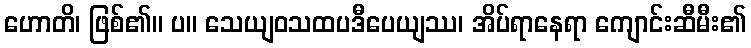
ဟောတိ၊ ဖြစ်၏။ ပ။ သေယျဝသထပဒီပေယျဿ၊ အိပ်ရာနေရာ ကျောင်းဆီမီး၏